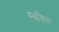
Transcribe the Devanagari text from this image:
स्वविम